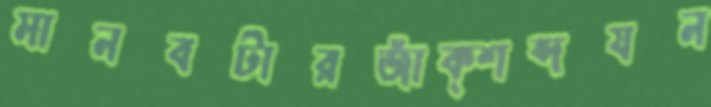
মানবটারজাঁক্‌শব্দযন